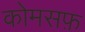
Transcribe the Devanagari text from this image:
कोमसफ़